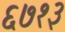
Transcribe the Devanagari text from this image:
६७१३